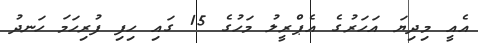
އެއީ މިދިޔަ އަހަރުގެ އެޕްރީލު މަހުގެ 15 ގައި ހިފި ފުރިހަމަ ހަނދު